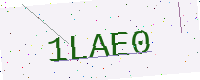
Text: 1LAE0